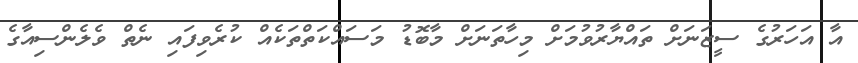
އާ އަހަރުގެ ސީޒަނަަށް ތައްޔާރުވުމަށް މިހާތަނަށް މާބޮޑު މަސައްކަތްތަކެއް ކުރެވިފައި ނެތް ވެލެންސިއާގެ